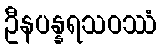
ဦနပန္နရသဝဿံ